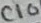
Text: C10